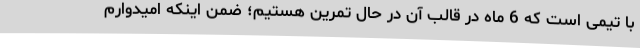
با تیمی است که 6 ماه در قالب آن در حال تمرین هستیم؛ ضمن اینکه امیدوارم